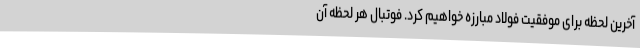
آخرین لحظه برای موفقیت فولاد مبارزه خواهیم کرد. فوتبال هر لحظه آن